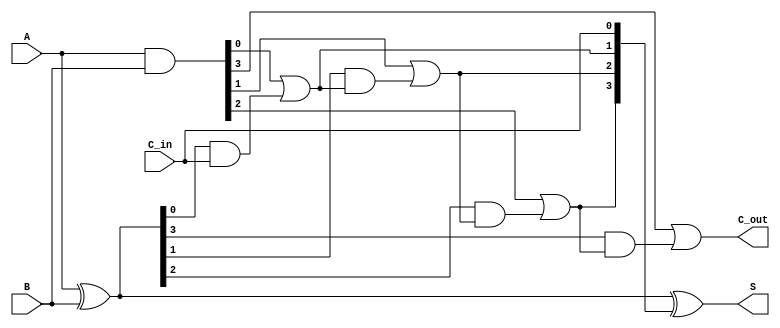
module carry_lookahead_adder #(
    parameter n = 4  // Bit width of the adder
) (
    input  [n-1:0] A,     // First n-bit input
    input  [n-1:0] B,     // Second n-bit input
    input         C_in,    // Carry input
    output [n-1:0] S,     // n-bit sum output
    output        C_out    // Carry output
);

    // Generate and Propagate signals
    wire [n-1:0] G;  // Generate signals
    wire [n-1:0] P;  // Propagate signals
    wire [n:0] C;    // Carry signals

    // Generate and Propagate logic
    assign G = A & B;         // Generate: G[i] = A[i] & B[i]
    assign P = A ^ B;         // Propagate: P[i] = A[i] ^ B[i]

    // Carry signals calculation
    assign C[0] = C_in; // C[0] = C_in
    genvar i;
    generate
        for (i = 0; i < n; i = i + 1) begin : carry_calculation
            if (i == 0) begin
                assign C[i+1] = G[i] | (P[i] & C[i]); // C[1] = G[0] + (P[0] * C[0])
            end else begin
                assign C[i+1] = G[i] | (P[i] & C[i]); // C[i+1] = G[i] + (P[i] * C[i])
            end
        end
    endgenerate

    // Sum calculation
    assign S = P ^ C[n-1:0]; // S[i] = P[i] ^ C[i]

    // Carry out
    assign C_out = C[n]; // C_out = C[n]

endmodule